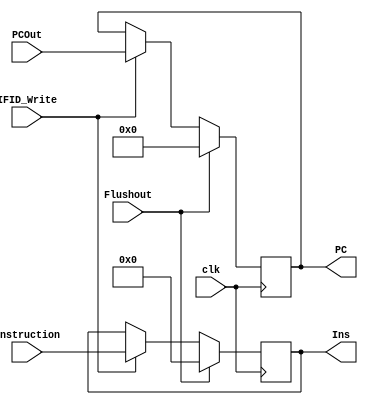
`timescale 1ns / 1ps

module IF_ID_h(
    input clk,
    
    input Flushout,
    
    input IFID_Write,
    
    input [31:0]Instruction, 
    
    input [63:0]PCOut, 
    
    output reg[31:0]Ins, 
    
    output reg[63:0]PC

    
); 

always @(posedge clk)
begin
if (Flushout)
begin
    Ins = 32'b0; 
    
    PC = 64'b0; 
    
end
else if (!IFID_Write)
begin
    Ins = Ins;
    PC = PC;
end
else
begin
    Ins = Instruction; 
    
    PC = PCOut; 
    
end
end

endmodule